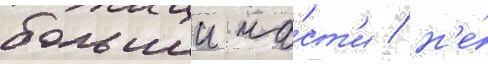
большеи ча́ст'и / н'е́